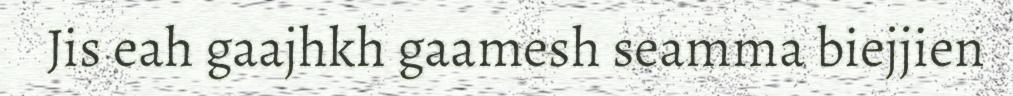
Jis eah gaajhkh gaamesh seamma biejjien